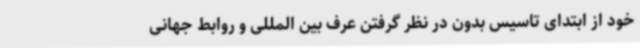
خود از ابتدای تاسیس بدون در نظر گرفتن عرف بین المللی و روابط جهانی